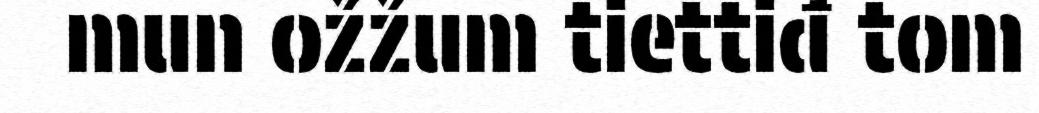
mun ožžum tiettiđ tom